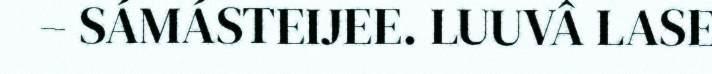
– SÁMÁSTEIJEE. LUUVÂ LASE